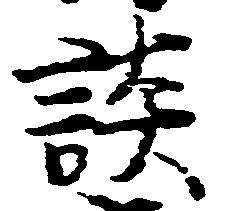
談